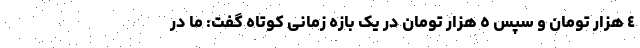
٤ هزار تومان و سپس ٥ هزار تومان در یک بازه زمانی کوتاه گفت: ما در